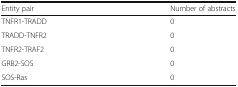
<table><thead><tr><td><b>Entity pair</b></td><td><b>Number of abstracts</b></td></tr></thead><tbody><tr><td>TNFR1-TRADD</td><td>0</td></tr><tr><td>TRADD-TNFR2</td><td>0</td></tr><tr><td>TNFR2-TRAF2</td><td>0</td></tr><tr><td>GRB2-SOS</td><td>0</td></tr><tr><td>SOS-Ras</td><td>0</td></tr></tbody></table>